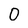
Character: 0